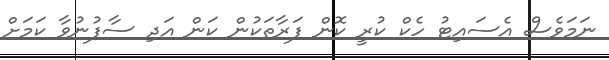
ނަމަވެސް އެސައިޓު ހެކް ކުރީ ކޮން ފަރާތަކުން ކަން އަދި ސާފުނުވާ ކަަމަށް